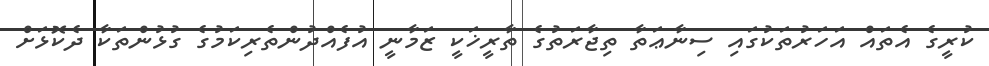
ކުރީގެ އެތައް އަހަރުތަކުގައި ސިނާޢަތާ ތިޖާރަތުގެ ތާރީޚަކީ ޒަމާނީ އުފެއްދުންތެރިކަމުގެ ގުޅުންތަކާ ދެކޮޅަށް